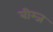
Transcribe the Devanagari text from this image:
बीम्ज